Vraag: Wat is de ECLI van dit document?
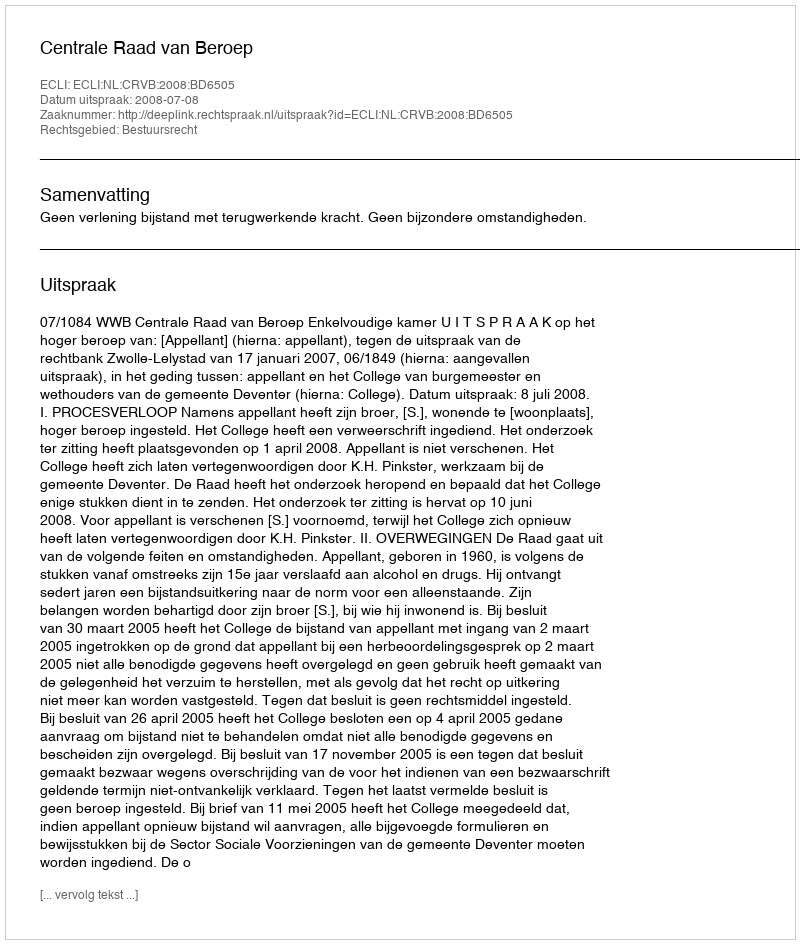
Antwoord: ECLI:NL:CRVB:2008:BD6505